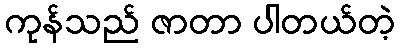
ကုန်သည် ဇာတာ ပါတယ်တဲ့